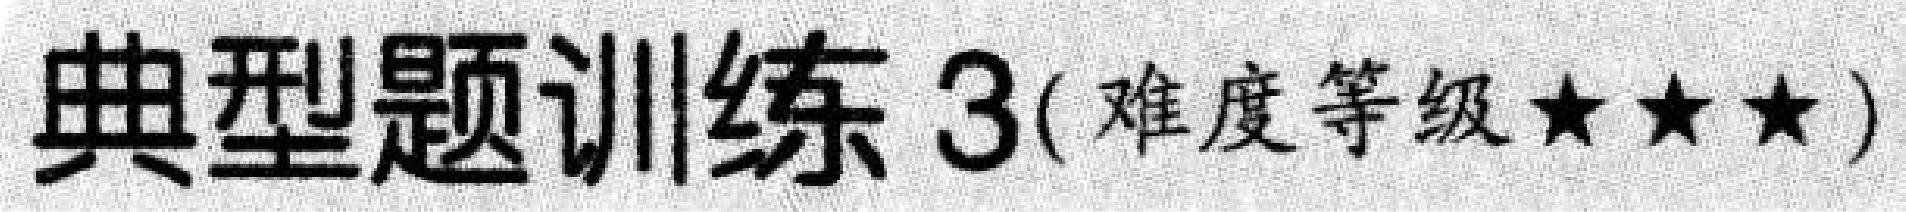
典型题训练 3(难度等级★★★)